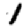
Digit: 1